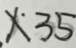
x \cdot 3 5